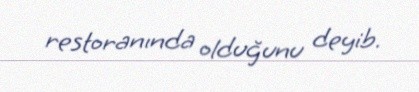
restoranında olduğunu deyib.